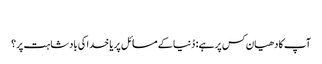
‏
آپ کا دھیان کس پر ہے:‏ دُنیا کے مسائل پر یا خدا کی بادشاہت پر؟